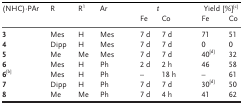
<table><thead><tr><td><b>(NHC)⋅PAr</b></td><td><b>R</b></td><td><b>R<sup>1</sup></b></td><td><b>Ar</b></td><td><b> </b></td><td colspan="2"><b><i>t</i></b></td><td><b> </b></td><td colspan="2"><b>Yield [%]<sup>[c]</sup></b></td></tr><tr><td><b> </b></td><td><b> </b></td><td><b> </b></td><td><b> </b></td><td><b> </b></td><td><b>Fe</b></td><td><b>Co</b></td><td><b> </b></td><td><b>Fe</b></td><td><b>Co</b></td></tr></thead><tbody><tr><td><b>3</b></td><td>Mes</td><td>H</td><td>Mes</td><td> </td><td>7 d</td><td>7 d</td><td> </td><td>71</td><td>51</td></tr><tr><td><b>4</b></td><td>Dipp</td><td>H</td><td>Mes</td><td> </td><td>7 d</td><td>7 d</td><td> </td><td>0</td><td>0</td></tr><tr><td><b>5</b></td><td>Me</td><td>Me</td><td>Mes</td><td> </td><td>7 d</td><td>7 d</td><td> </td><td>40<sup>[d]</sup></td><td>32</td></tr><tr><td><b>6</b></td><td>Mes</td><td>H</td><td>Ph</td><td> </td><td>2 d</td><td>2 h</td><td> </td><td>46</td><td>58</td></tr><tr><td><b>6</b><sup>[b]</sup></td><td>Mes</td><td>H</td><td>Ph</td><td> </td><td>–</td><td>18 h</td><td> </td><td>–</td><td>61</td></tr><tr><td><b>7</b></td><td>Dipp</td><td>H</td><td>Ph</td><td> </td><td>7 d</td><td>7 d</td><td> </td><td>30<sup>[d]</sup></td><td>50</td></tr><tr><td><b>8</b></td><td>Me</td><td>Me</td><td>Ph</td><td> </td><td>7 d</td><td>4 h</td><td> </td><td>41</td><td>62</td></tr></tbody></table>